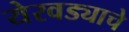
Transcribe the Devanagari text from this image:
येरवड्याचे